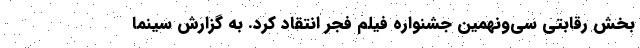
بخش رقابتی سی‌ونهمین جشنواره فیلم فجر انتقاد کرد. به گزارش سینما